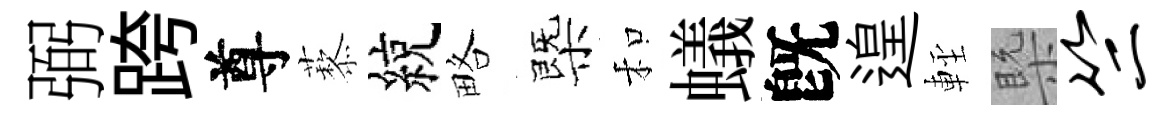
弼跨尊藜綂略㮣和蟻旣遑䡖槩竺